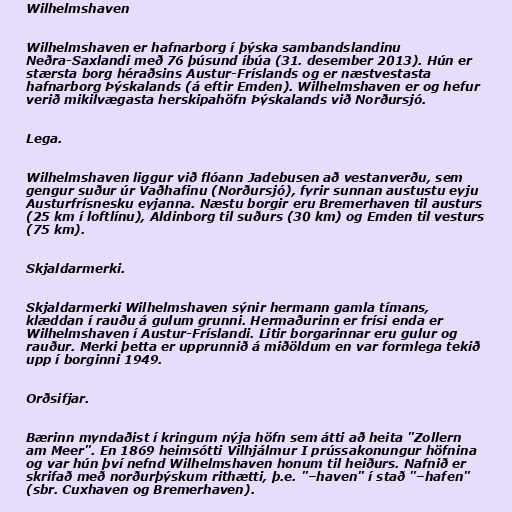
Wilhelmshaven

Wilhelmshaven er hafnarborg í þýska sambandslandinu
Neðra-Saxlandi með 76 þúsund íbúa (31. desember 2013). Hún er
stærsta borg héraðsins Austur-Fríslands og er næstvestasta
hafnarborg Þýskalands (á eftir Emden). Wilhelmshaven er og hefur
verið mikilvægasta herskipahöfn Þýskalands við Norðursjó.

Lega.

Wilhelmshaven liggur við flóann Jadebusen að vestanverðu, sem
gengur suður úr Vaðhafinu (Norðursjó), fyrir sunnan austustu eyju
Austurfrísnesku eyjanna. Næstu borgir eru Bremerhaven til austurs
(25 km í loftlínu), Aldinborg til suðurs (30 km) og Emden til vesturs
(75 km).

Skjaldarmerki.

Skjaldarmerki Wilhelmshaven sýnir hermann gamla tímans,
klæddan í rauðu á gulum grunni. Hermaðurinn er frísi enda er
Wilhelmshaven í Austur-Fríslandi. Litir borgarinnar eru gulur og
rauður. Merki þetta er upprunnið á miðöldum en var formlega tekið
upp í borginni 1949.

Orðsifjar.

Bærinn myndaðist í kringum nýja höfn sem átti að heita "Zollern
am Meer". En 1869 heimsótti Vilhjálmur I prússakonungur höfnina
og var hún því nefnd Wilhelmshaven honum til heiðurs. Nafnið er
skrifað með norðurþýskum rithætti, þ.e. "–haven" í stað "–hafen"
(sbr. Cuxhaven og Bremerhaven).